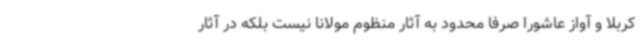
کربلا و آواز عاشورا صرفا محدود به آثار منظوم مولانا نیست بلکه در آثار